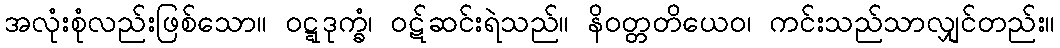
အလုံးစုံလည်းဖြစ်သော။ ဝဋ္ဋဒုက္ခံ၊ ဝဋ်ဆင်းရဲသည်။ နိဝတ္တတိယေဝ၊ ကင်းသည်သာလျှင်တည်း။